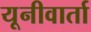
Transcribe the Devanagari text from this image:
यूनीवार्ता